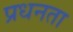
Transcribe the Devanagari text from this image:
प्रधनता